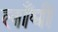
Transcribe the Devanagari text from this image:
लाँघी